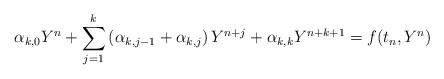
LaTeX: \begin{align*}\alpha_{k,0}Y^n + \displaystyle\sum_{j=1}^{k}\left(\alpha_{k,j-1}+\alpha_{k,j}\right)Y^{n+j}+\alpha_{k,k}Y^{n+k+1}=f(t_n, Y^n)\end{align*}